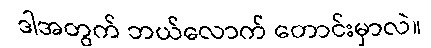
ဒါအတွက် ဘယ်လောက် တောင်းမှာလဲ။